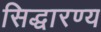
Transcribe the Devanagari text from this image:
सिद्धारण्य